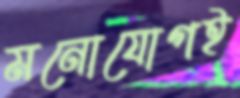
মনোযোগই